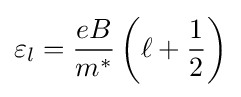
\varepsilon _{l}={\frac {eB}{m^{*}}}\left(\ell +{\frac {1}{2}}\right)